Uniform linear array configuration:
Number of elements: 8
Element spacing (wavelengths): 0.25
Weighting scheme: blackman
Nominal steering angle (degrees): -60
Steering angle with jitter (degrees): -60.517
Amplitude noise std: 0.05
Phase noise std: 0.05

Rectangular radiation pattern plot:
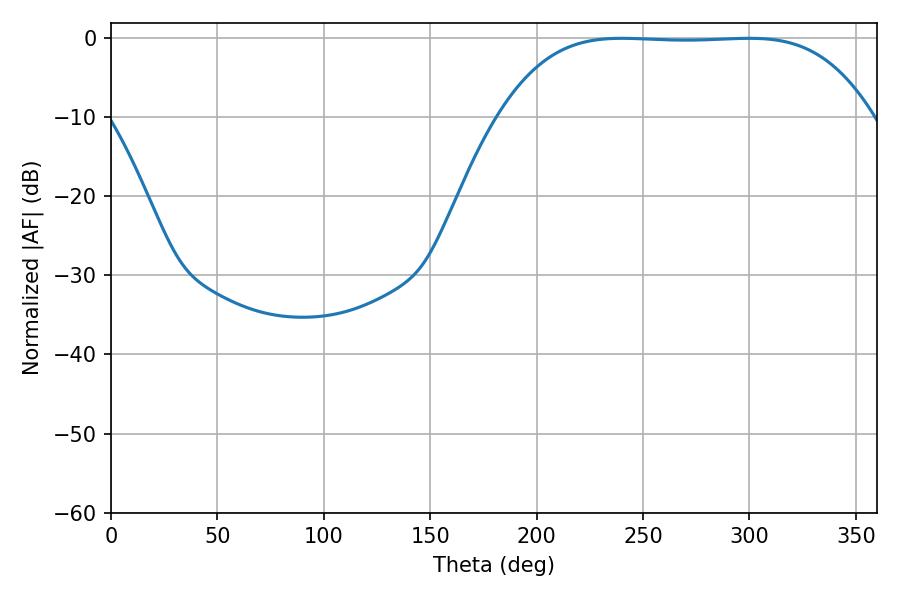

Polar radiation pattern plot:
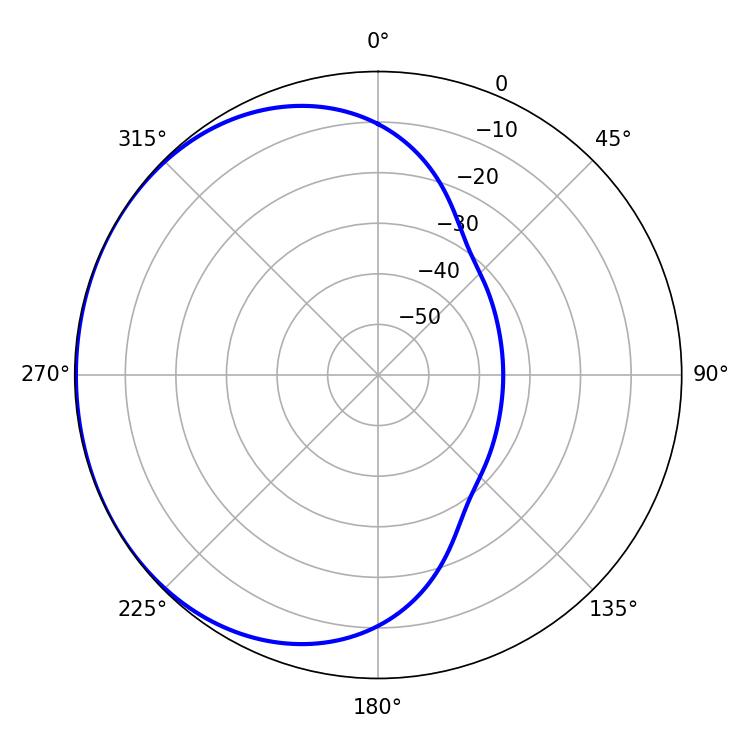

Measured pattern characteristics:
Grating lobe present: FALSE
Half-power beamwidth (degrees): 134.28
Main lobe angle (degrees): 240.12